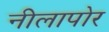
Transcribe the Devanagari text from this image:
नीलापोर